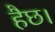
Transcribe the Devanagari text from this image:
हैछ।